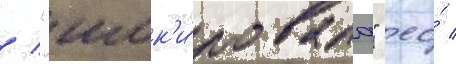
/ "шок'и́ровала" ео́ /